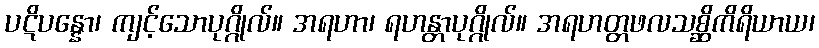
ပဋိပန္နော၊ ကျင့်သောပုဂ္ဂိုလ်။ အရဟာ၊ ရဟန္တာပုဂ္ဂိုလ်။ အရဟတ္တဖလသစ္ဆိကိရိယာယ၊